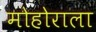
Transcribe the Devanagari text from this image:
मोहोराला